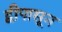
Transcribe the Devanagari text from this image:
द्वीपासून